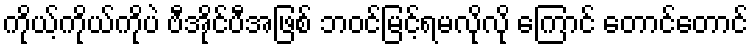
ကိုယ့်ကိုယ်ကိုပဲ ဗီအိုင်ပီအဖြစ် ဘဝင်မြင့်ရမလိုလို ကြောင် တောင်တောင်